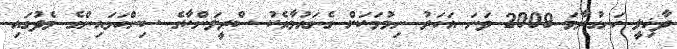
ދާޚިލީ ހަނގުރާމަ 2009 ވަނަ އަހަރު ނިމުމަކަށް ގެނައުމާއެކު ސްރީލަންކާގެ ސިންހަޅައިންގެ މެދުގައި